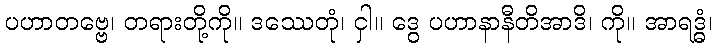
ပဟာတဗ္ဗေ၊ တရားတို့ကို။ ဒဿေတုံ၊ ငှါ။ ဒွေ ပဟာနာနီတိအာဒိ၊ ကို။ အာရဒ္ဓံ၊